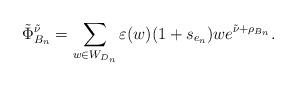
LaTeX: \begin{align*}\tilde\Phi^{\tilde\nu}_{B_n}=\sum_{w\in W_{D_n}} \varepsilon(w) (1+s_{e_n})w e^{\tilde\nu+\rho_{B_n}}.\end{align*}